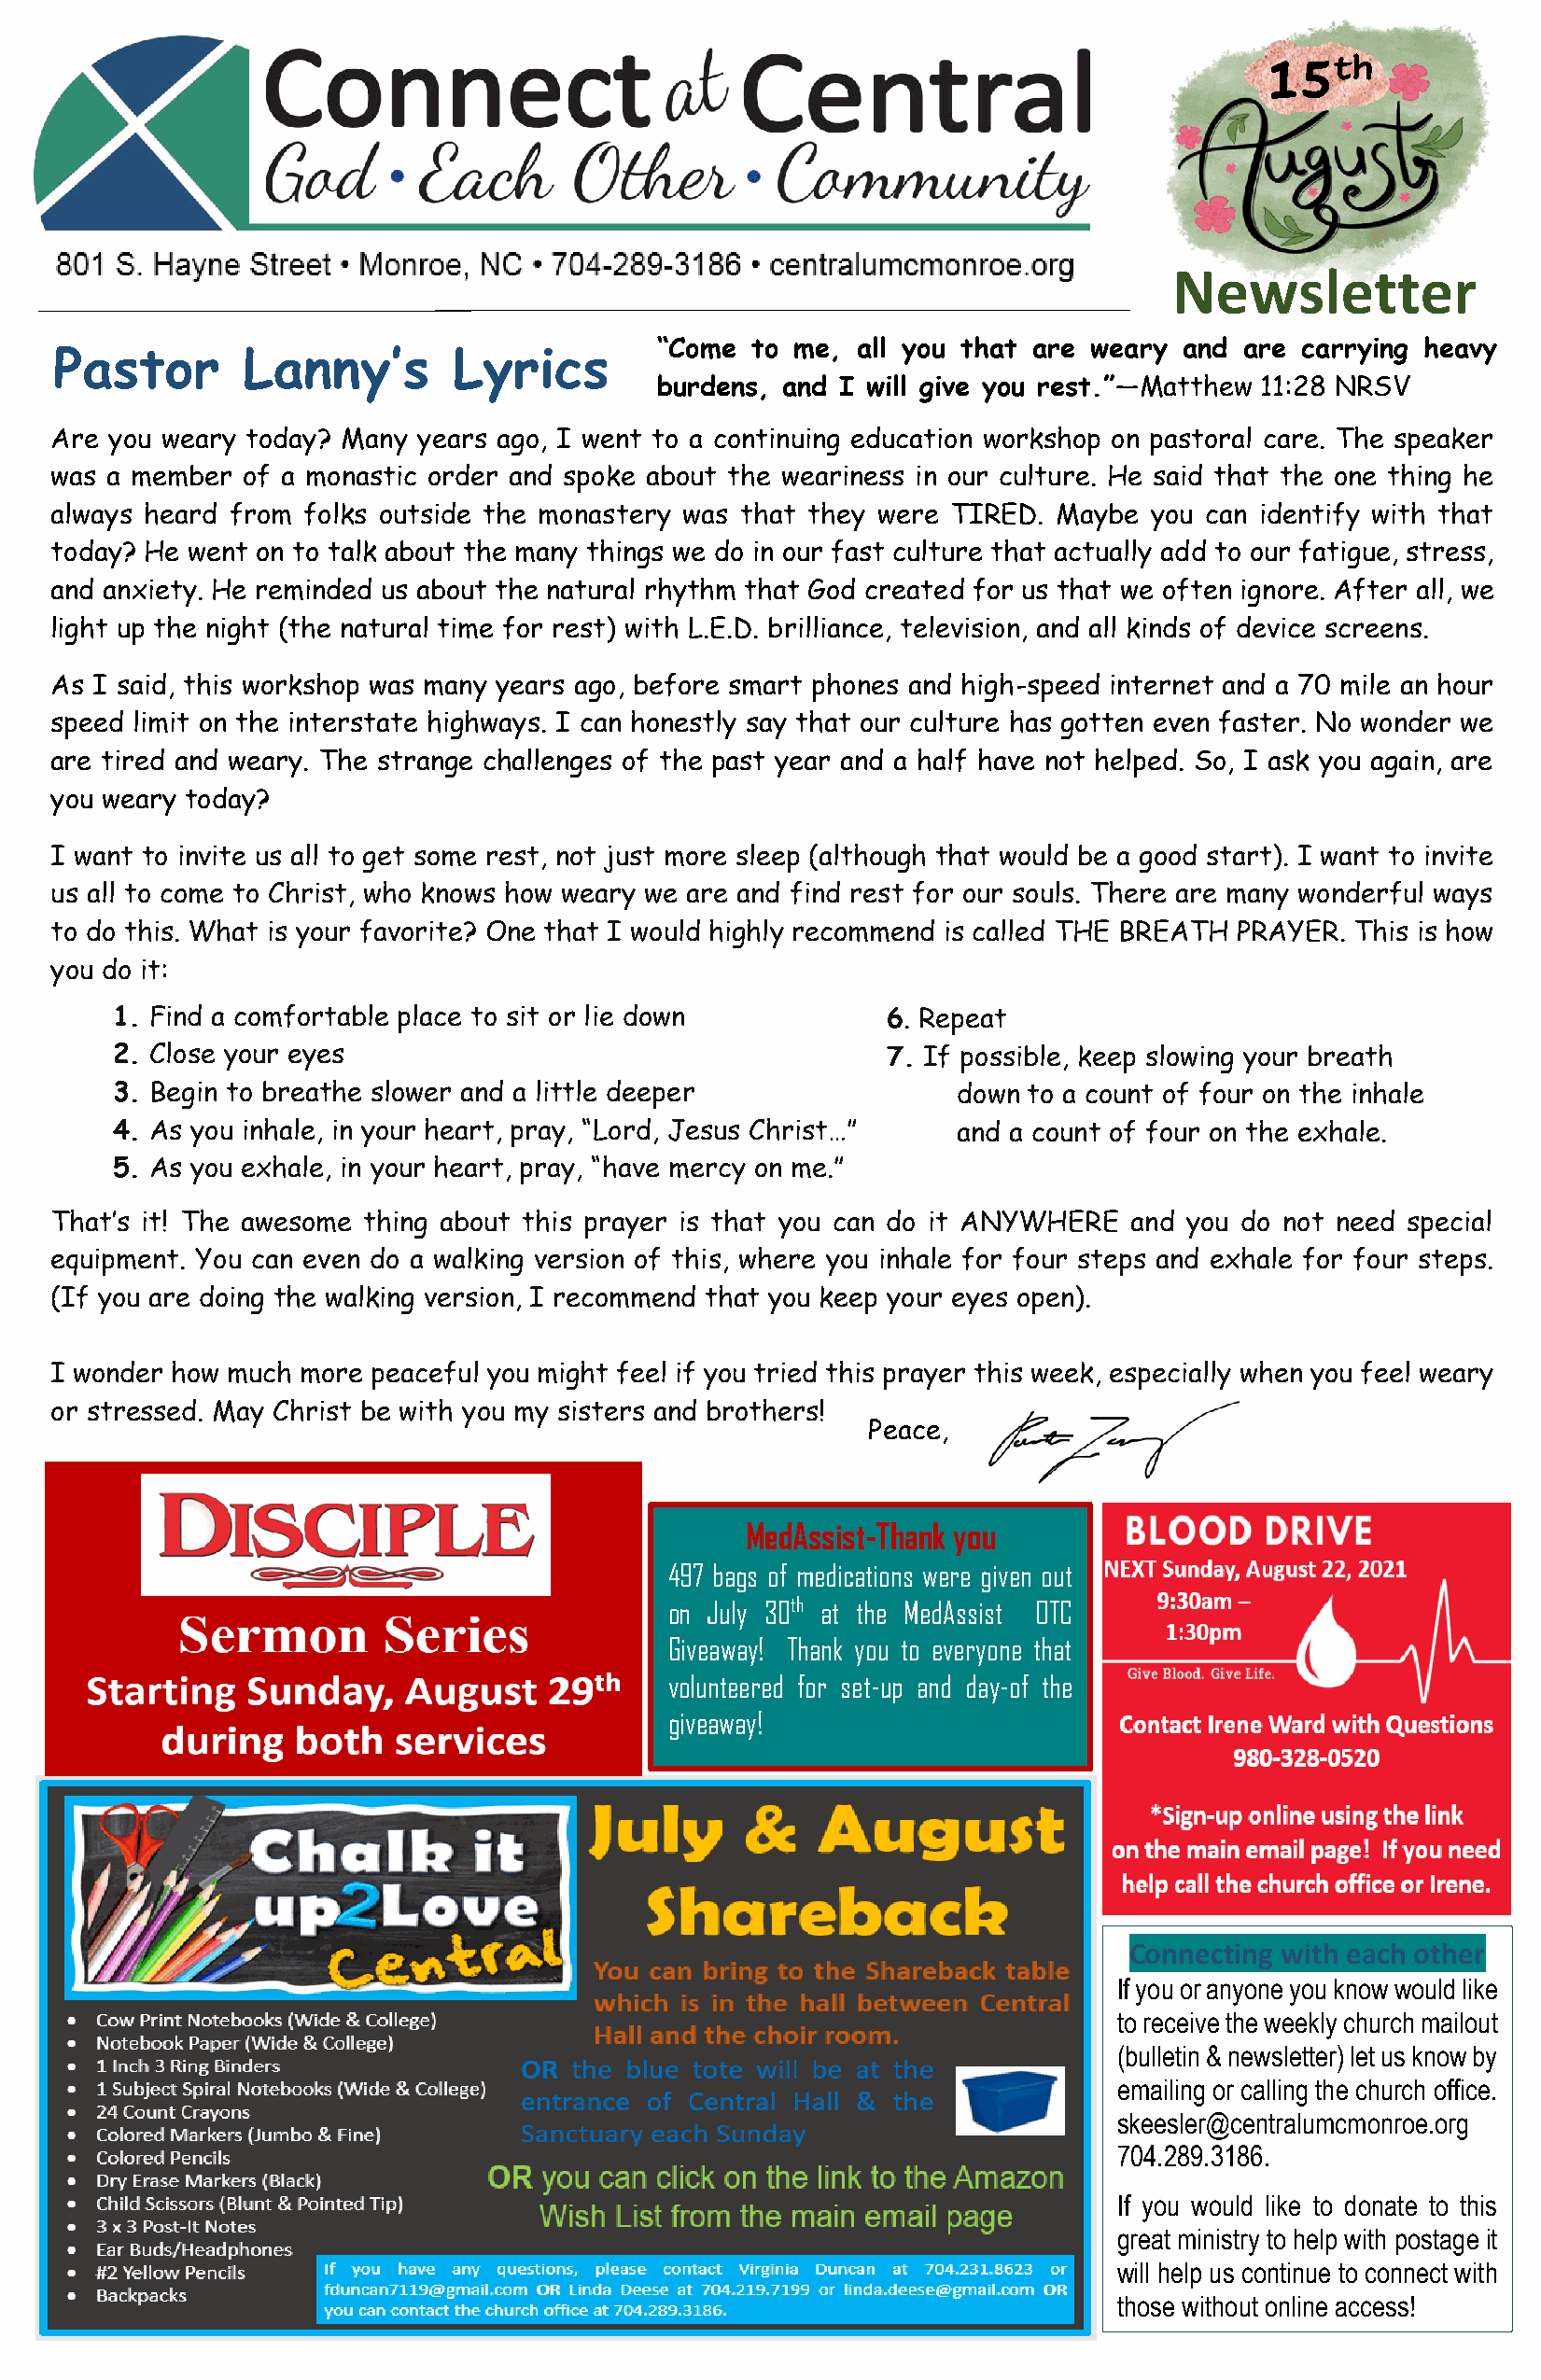
15th
 Newsletter
 “Come to me,  all you that are weary and are carrying heavy
 P astor      Lanny’s        Lyrics
 burdens, and I will give you rest.”—Matthew 11:28 NRSV
 A re you weary today? Many years ago, I went t o a continuing education workshop on pastoral care. The speaker
 was a member of a monastic order and spoke about the weariness in our culture. He said that the one thing he
 always heard from folks outside the monastery was that they were TIRED. Maybe you can identify with that
 t oday? He went on to talk about the many things we do in our fast culture that actually add to our fatigue, stress,
 and anxiety. He reminded us about the natural rhythm that God created for us that we often ignore. After all, we
 l ight up the night (the natural time for rest) with L.E.D. brilliance, television, and all kinds of device screens.
 As I said, this workshop was many years ago, before smart phones and high-speed internet and a 70 mile an hour
 speed limit on the interstate highways. I can honestly say that our culture has gotten even faster. No wonder we
 a re tired and weary. The strange challenges of the past year and a half have not helped. So, I ask you again, are
 you weary today?
 I want to invite us all to get some rest, not just more sleep (although that would be a good start). I want to invite
 us all to come to Christ, who knows how weary we are and find rest for our souls. There are many wonderful ways
 to do this. What is your favorite? One that I would highly recommend is called THE BREATH PRAYER. This is how
 y ou do it:
 1. Find a comfortable place to sit or lie down         6. Repeat
 2. Close your eyes                                     7. If possible, keep slowing your breath
 3. Begin to breathe slower and a little deeper              down to a count of four on the inhale
 4. As you inhale, in your heart, pray, “Lord, Jesus Christ…” and a count of four on the exhale.
 5. As you exhale, in your heart, pray, “have mercy on me.”
 T hat’s it! The awesome thing about this prayer is that you can do it ANYWHERE and you do not need special
 equipment. You can even do a walking version of this, where you inhale for four steps and exhale for four steps.
 (If you are doing the walking version, I recommend that you keep your eyes open).
 I wonder how much more peaceful you might feel if you tried this prayer this week, especially when you feel weary
 o r stressed. May Christ be with you my sisters and brothers!
 Peace,
 MedAssist-Thank you
 497 bags of medications were given out
 on July 30th at the MedAssist OTC
 Giveaway! Thank you to everyone that
 volunteered for set-up and day-of the
 giveaway!
 Connecting with each other
 If you or anyone you know would like
 to receive the weekly church mailout
 (bulletin & newsletter) let us know by
 emailing or calling the church office.
 skeesler@centralumcmonroe.org
 704.289.3186.
 If you would like to donate to this
 great ministry to help with postage it
 will help us continue to connect with
 those without online access!